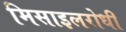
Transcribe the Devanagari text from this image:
मिसाइलरोधी